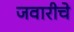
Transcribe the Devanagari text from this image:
जवारीचे